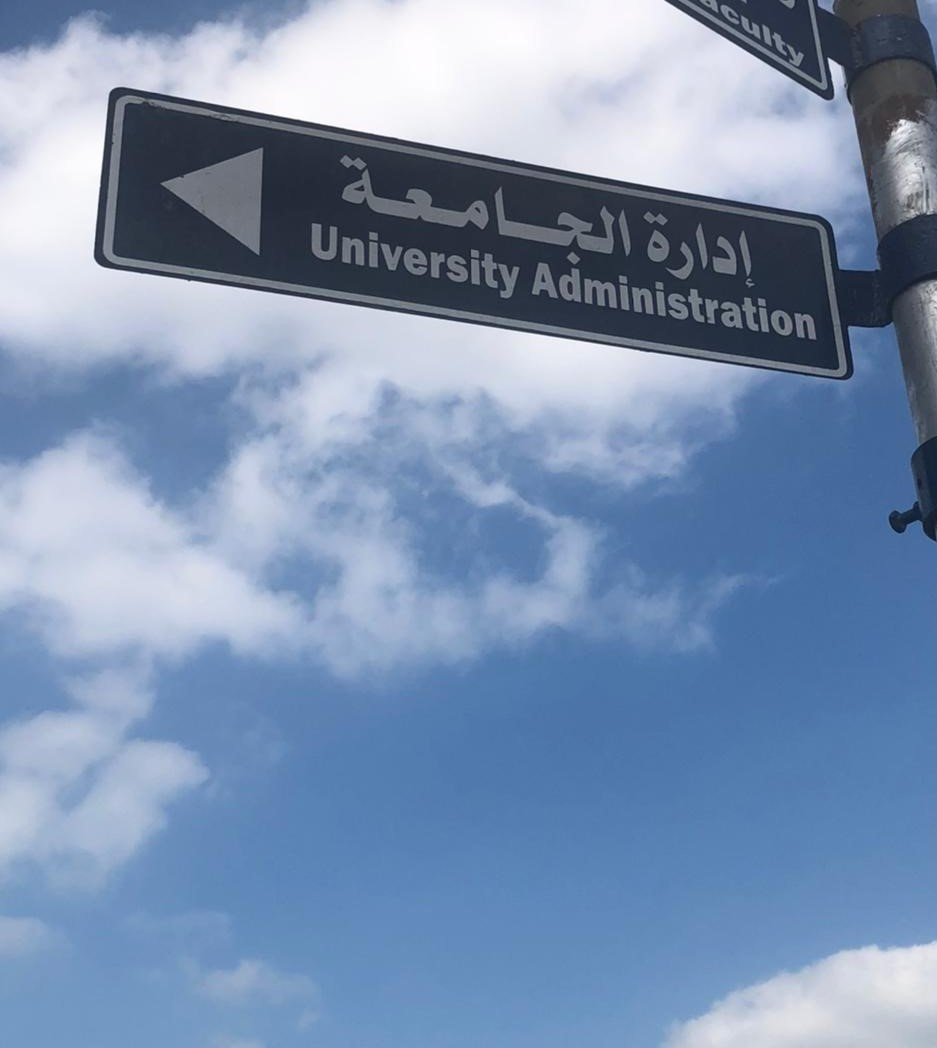
Text in image: الجامعة إدارة University Administration